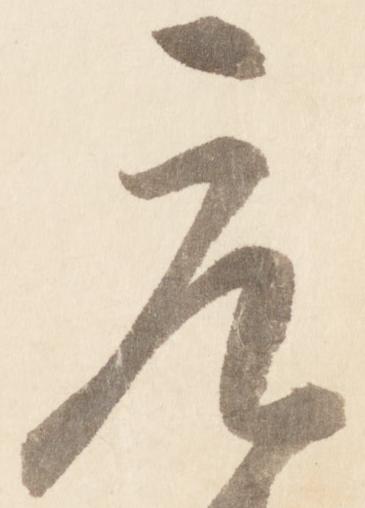
元